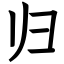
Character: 归